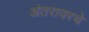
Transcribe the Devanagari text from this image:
अंतरावरचे